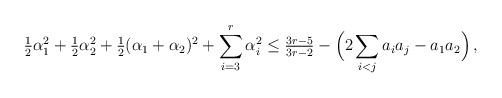
LaTeX: \begin{align*}\tfrac12 \alpha_1^2+\tfrac12 \alpha_2^2 +\tfrac 12(\alpha_1+\alpha_2)^2+\sum_{i=3}^{r}\alpha_i^2\le \tfrac{3r-5}{3r-2}-\Bigl(2\sum_{i<j}a_ia_j-a_1a_2\Bigr)\,,\end{align*}